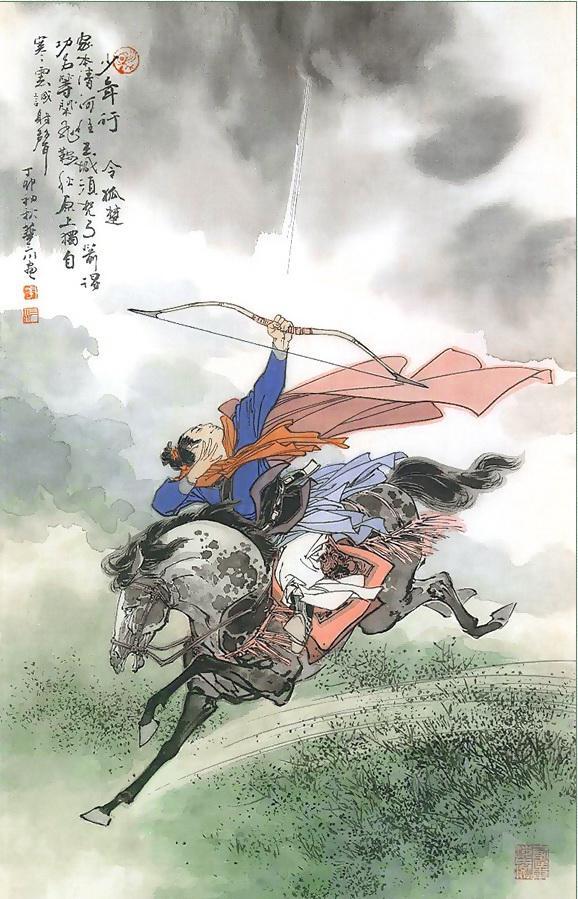
弓背霞明剑照霜，秋风走马出咸阳。